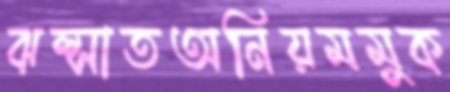
ঝল্‌সাতঅনিয়মমুক